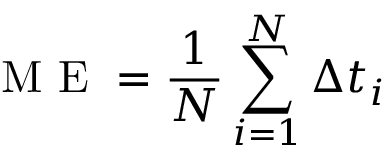
\textup { M E } = \frac { 1 } { N } \sum _ { i = 1 } ^ { N } \Delta t _ { i }